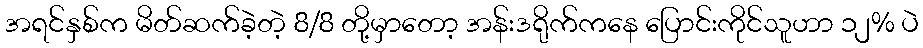
အရင်နှစ်က မိတ်ဆက်ခဲ့တဲ့ 8/8 တို့မှာတော့ အန်းဒရိုက်ကနေ ပြောင်းကိုင်သူဟာ ၁၂% ပဲ